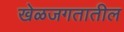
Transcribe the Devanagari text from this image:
खेळजगतातील